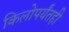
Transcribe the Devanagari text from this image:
किलोपर्यंतही